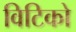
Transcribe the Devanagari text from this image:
विटिको